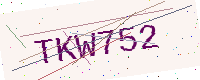
Text: TKW752